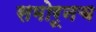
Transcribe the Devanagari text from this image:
समोरूनच